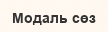
Модаль сөз